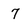
Character: 7